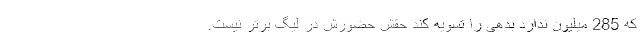
که 285 میلیون ندارد بدهی را تسویه کند حقش حضورش در لیگ برتر نیست.